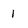
Character: 1